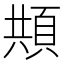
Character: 𩒓